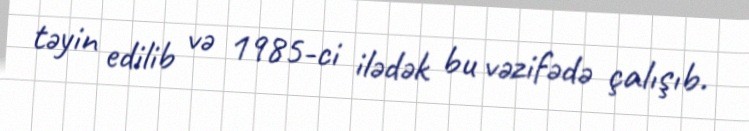
təyin edilib və 1985-ci ilədək bu vəzifədə çalışıb.